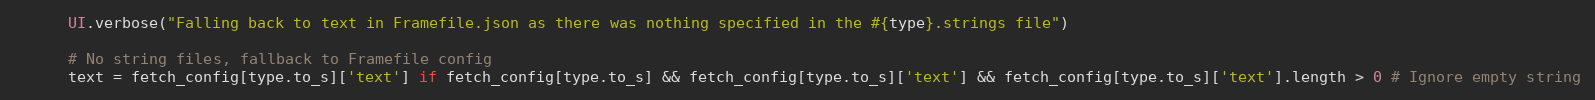
Language: Ruby
      UI.verbose("Falling back to text in Framefile.json as there was nothing specified in the #{type}.strings file")

      # No string files, fallback to Framefile config
      text = fetch_config[type.to_s]['text'] if fetch_config[type.to_s] && fetch_config[type.to_s]['text'] && fetch_config[type.to_s]['text'].length > 0 # Ignore empty string